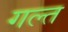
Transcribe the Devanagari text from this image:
गल्त